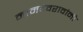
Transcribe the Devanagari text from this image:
नामदेवरावांनी